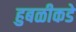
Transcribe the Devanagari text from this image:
हुबळीकडे